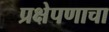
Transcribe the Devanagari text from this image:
प्रक्षेपणाचा